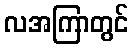
လအကြာတွင်